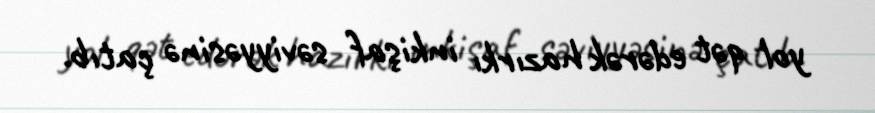
yol qət edərək hazırkı inkişaf səviyyəsinə çatıb.